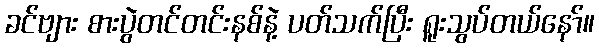
ခင်ဗျား စားပွဲတင်တင်းနစ်နဲ့ ပတ်သက်ပြီး ရူးသွပ်တယ်နော်။